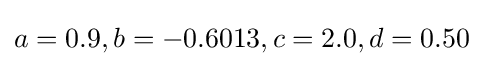
a=0.9,b=-0.6013,c=2.0,d=0.50